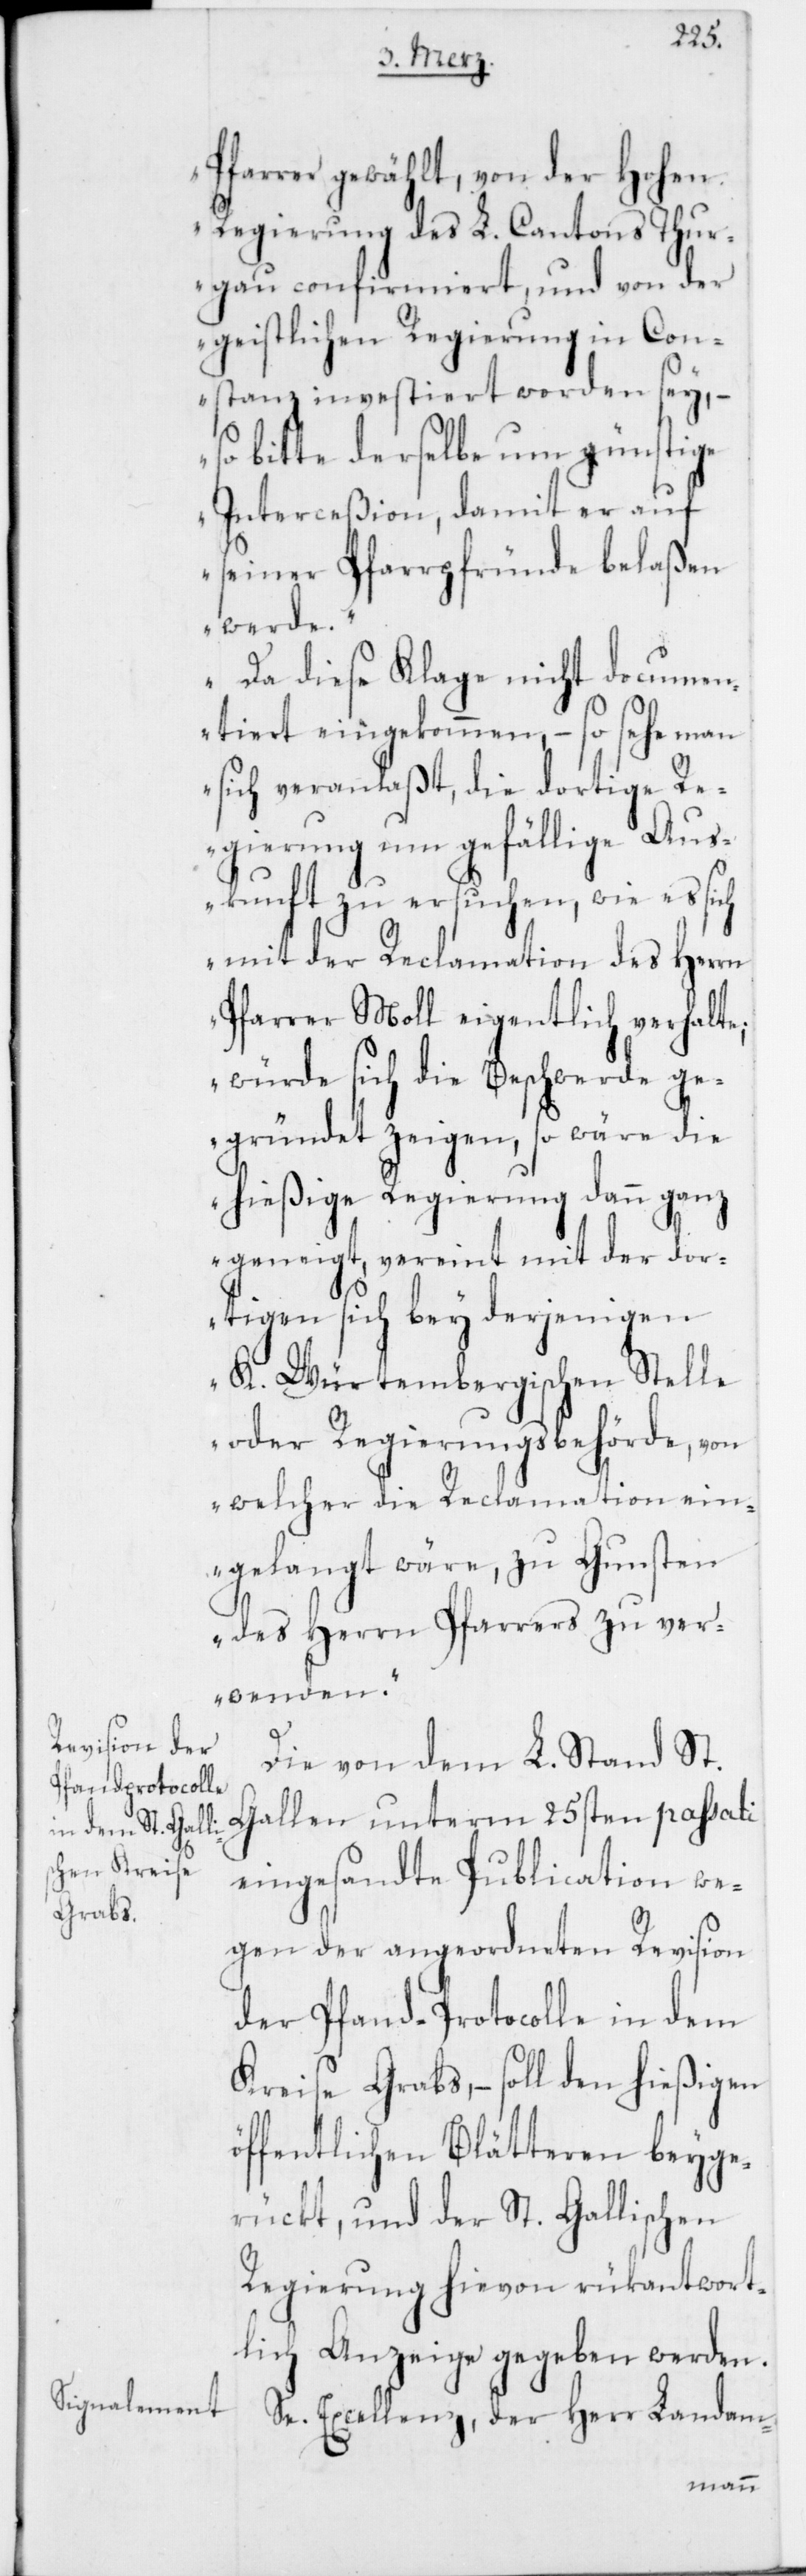
Pfarrer gewählt, von der Hohen
Regierung des L. Cantons Thur¬
gau confirmiert, und von der
geistlichen Regierung in Con¬
stanz investiert worden sey, –
so bitte derselbe um günstige
Interceßion, damit er auf
seiner Pfarrpfründe belaßen
werde.
Da diese Klage nicht documen¬
tiert eingekommen, – so sehe man
sich veranlaßt, die dortige Re¬
gierung um gefällige Aus¬
kunft zu ersuchen, wie es sich
mit der Reclamation des Herrn
Pfarrer Moll eigentlich verhalte;
würde sich die Beschwerde ge¬
gründet zeigen, so wäre die
hießige Regierung dann ganz
geneigt, vereint mit der dor¬
tigen sich bey derjenigen
K. Würtembergischen Stelle
oder Regierungsbehörde, von
welcher die Reclamation ein¬
gelangt wäre, zu Gunsten
des Herrn Pfarrers zu ver¬
wenden.“
Die von dem L. Stand St.
Gallen unterm 25sten passati
eingesandte Publication we¬
gen der angeordneten Revision
der Pfand-Protocolle in dem
Kreise Grabs, – soll den hießigen
öffentlichen Blätteren beyge¬
rückt, und der St. Gallischen
Regierung hievon rükantwort¬
lich Anzeige gegeben werden.
Se. Excellenz, der Herr Landam-